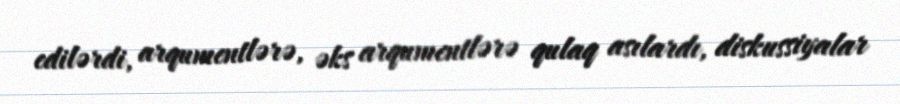
edilərdi, arqumentlərə, əks arqumentlərə qulaq asılardı, diskussiyalar